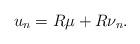
LaTeX: \begin{align*}u_n=R\mu+R\nu_n.\end{align*}